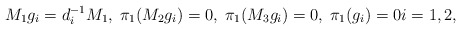
\begin{align*}M_1 g_i = d_i^{-1} M_1, \; \pi_1(M_2 g_i)=0, \; \pi_1(M_3 g_i)=0, \; \pi_1(g_i)=0 i=1,2,\end{align*}